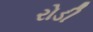
રોડી